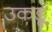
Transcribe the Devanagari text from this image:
उकडूँ